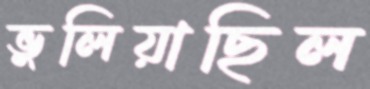
ভুলিয়াছিল